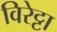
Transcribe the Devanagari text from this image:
विरेट्टा